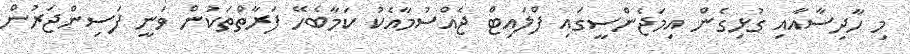
މި ހާދިސާއާއި ގުޅިގެން އިމަޖެންސީގައި ފްލައިޓް ޖެއްސުމާއެކު ކަމާބެހޭ ފަރާތްތަކުން ވަނީ ފަސިންޖަރުން